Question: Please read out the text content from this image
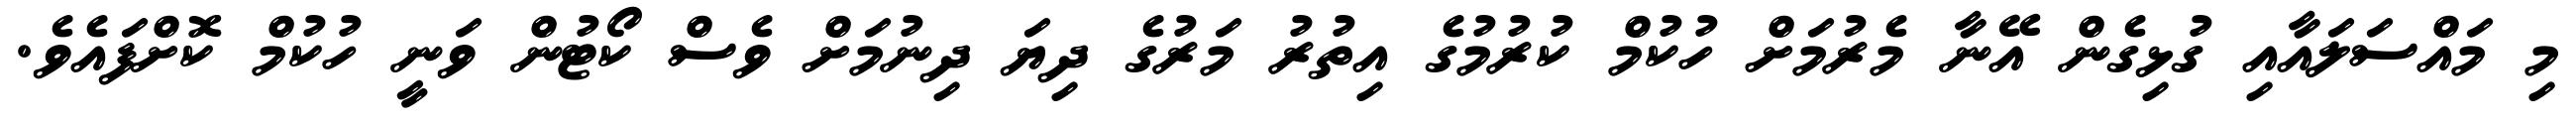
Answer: މި މައްސަލައާއި ގުޅިގެން އޭނާ މެރުމަށް ހުކުމް ކުރުމުގެ އިތުރު މަރުގެ ދިޔަ ދިނުމަށް ވެސް ކޯޓުން ވަނީ ހުކުމް ކޮށްފައެވެ.